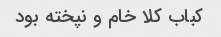
کباب کلا خام و نپخته بود